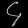
Digit: ၄